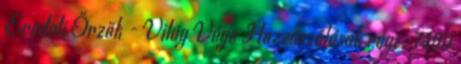
Eredeti Őrzők - Világ Vége Hozzászólások régi : 7460